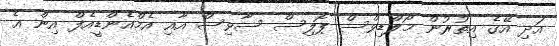
އަދި އޭގެ އިތުރުން މޯލްޑިވްސް ޕޮލިސް ސާވިސް އާއި އެމްއެންޑީއެފް އިން އެ